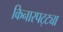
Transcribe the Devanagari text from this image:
किनारपट्ट्या